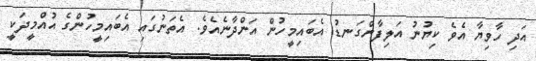
އަދި ހާވިޔާ އެވެ ކިޔުނު އަލިފާންގަނޑު އެބައިމީހުން އަންދާނެއެވެ. އެތަނުގައި އެބައިމީހުންގެ އުއްމީދަކީ